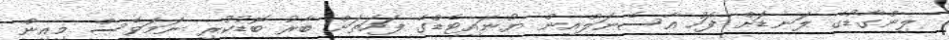
ލިންގާޑުގެ ލަނޑަށް ފަހު އާސެނަލްއިން ޔުނައިޓެޑްގެ ފަހަތަށް ބާރު ބޮޑުކުރި ނަމަވެސް މިއިން